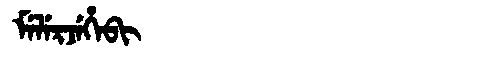
Manchu: ᠮᡝᠯᡝᡵᠵᡝᡥᡝᠪᡳ
Romanization: MELERJEHEBI